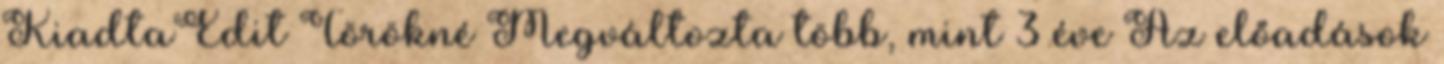
KiadtaEdit Törökné Megváltozta több, mint 3 éve Az előadások